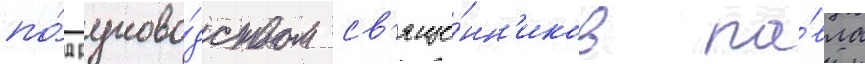
по́д руково́дством св'яще́нн'иков па́вла